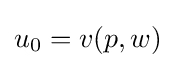
u_{0}=v(p,w)